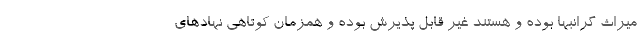
میراث گرانبها بوده و هستند غیر قابل پذیرش بوده و همزمان کوتاهی نهادهای